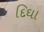
દિઘા